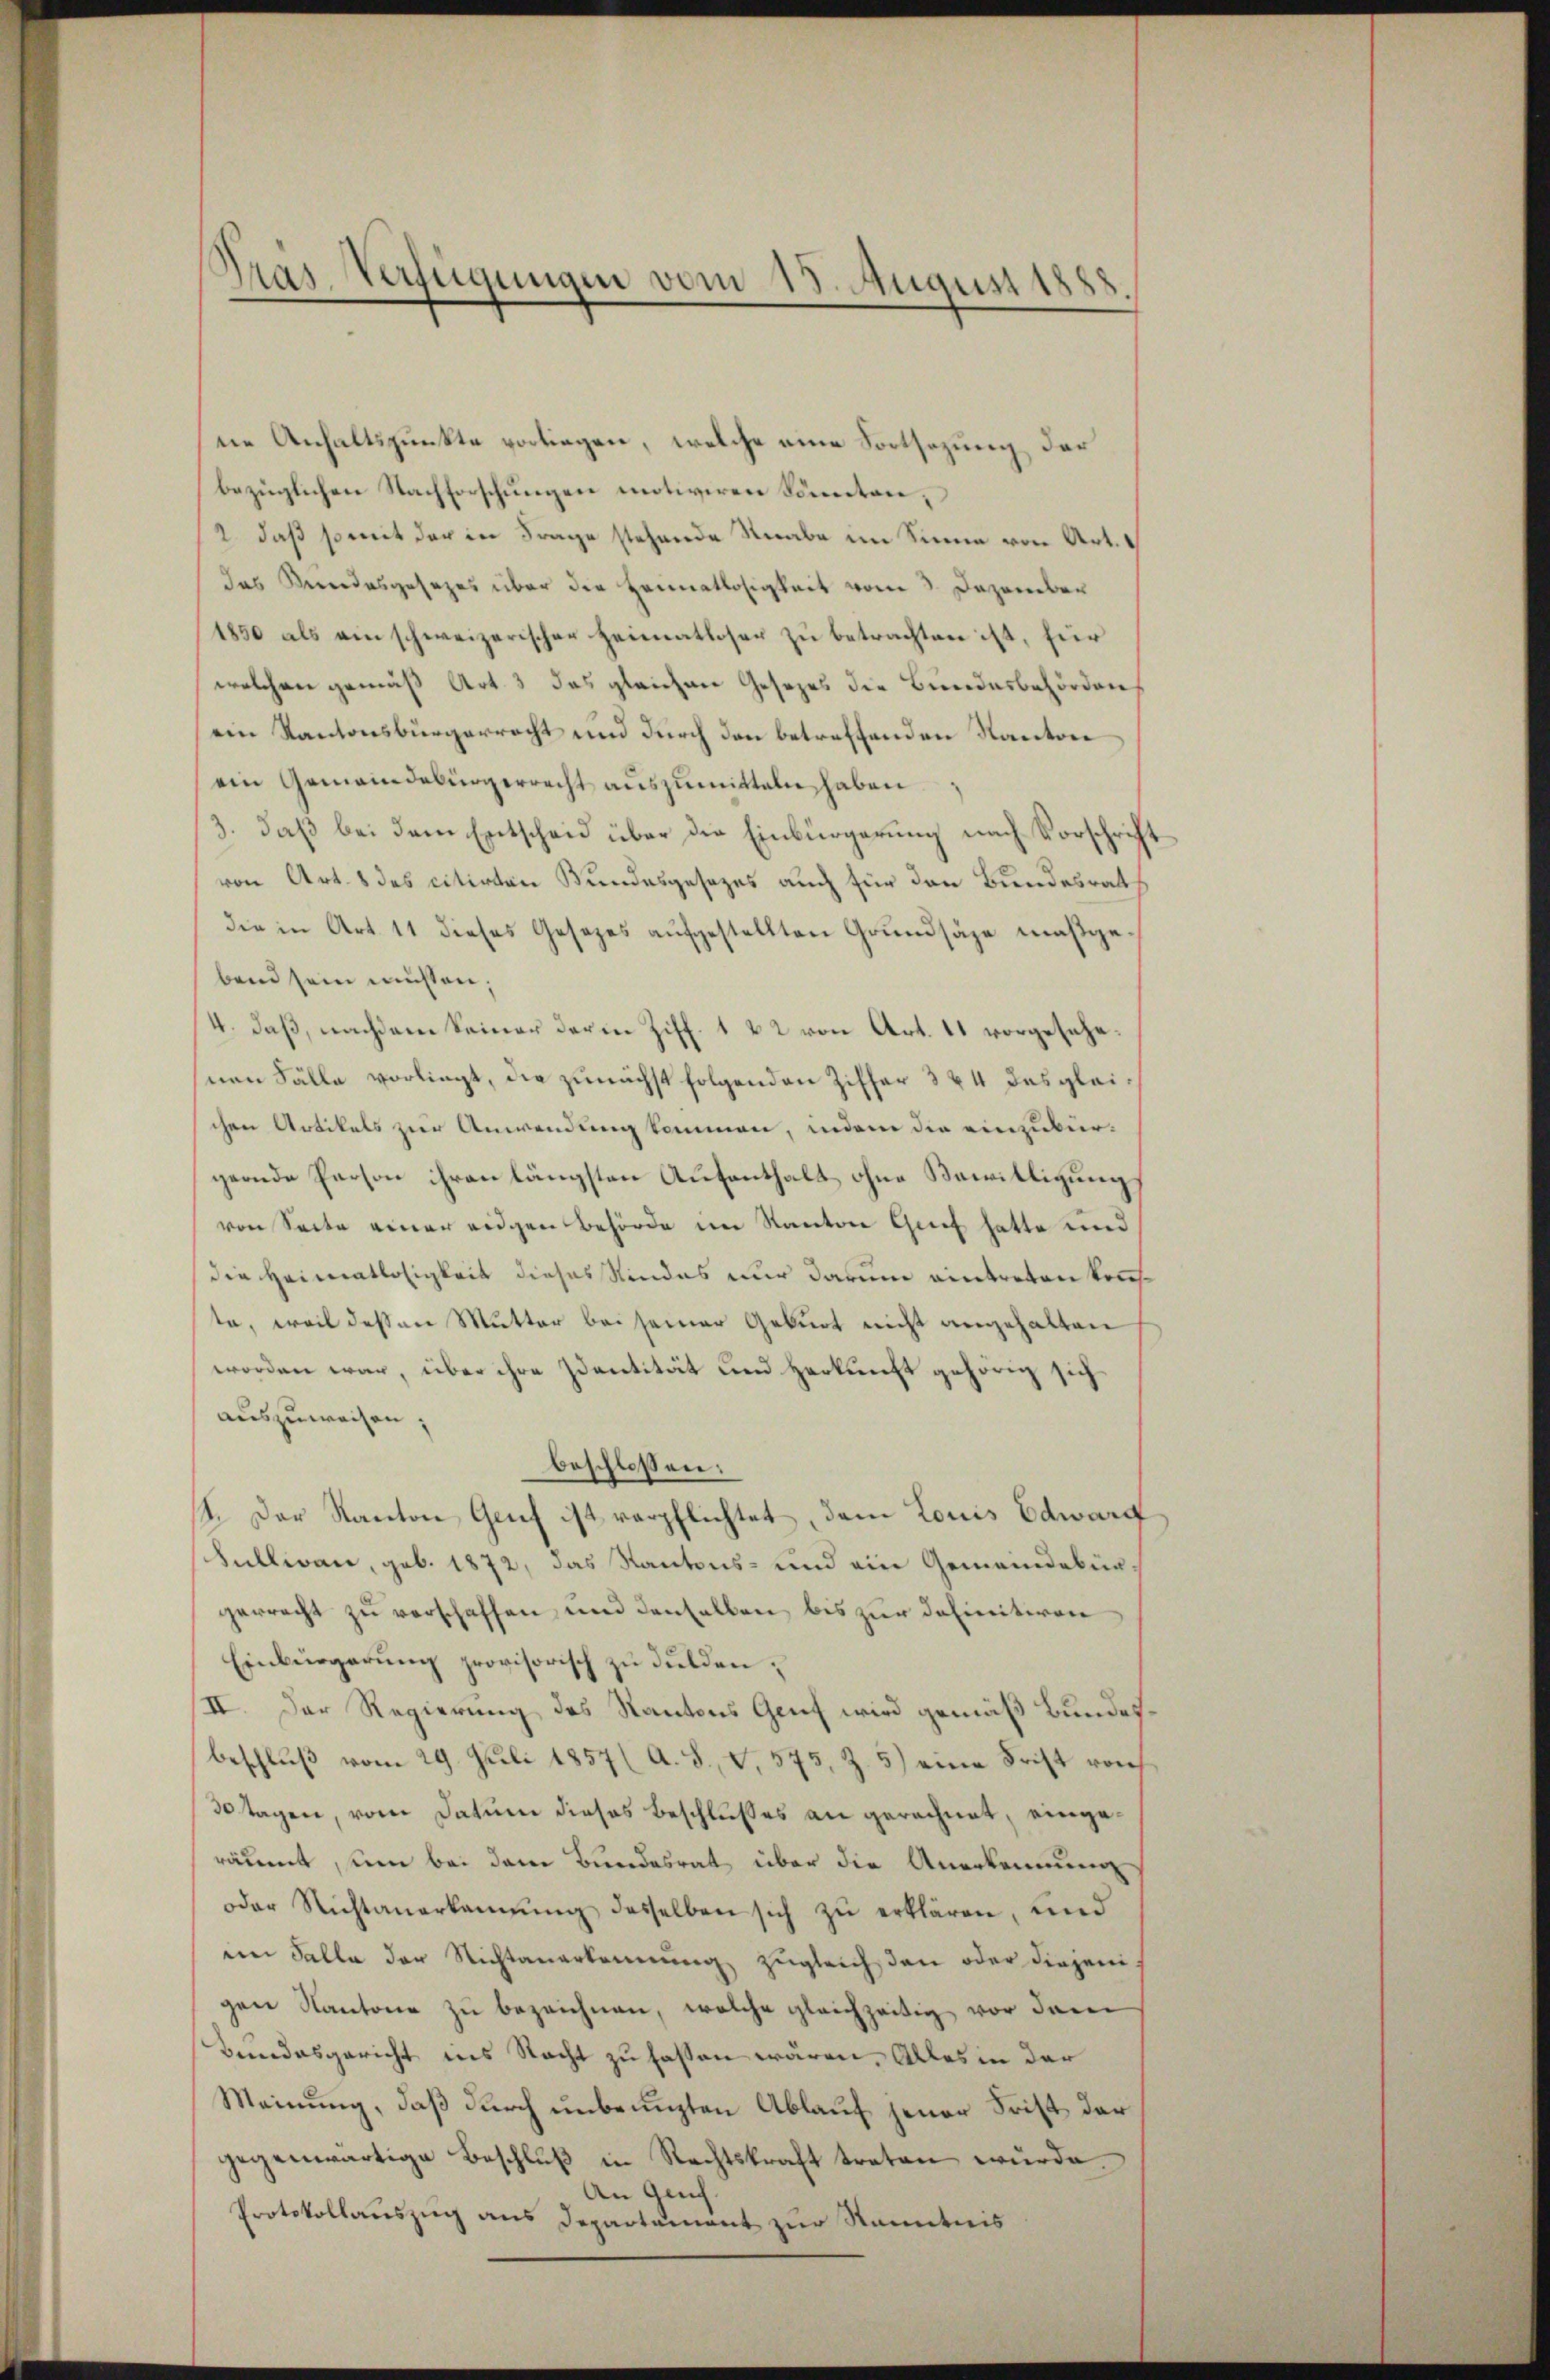
Pras-Verfügungen vom 15. August 1888

ne Anhaltspunkte vorliegen, welche eine Fortsezung der
bezüglichen Nachforschungen motiviren könnten,
2 daß somit der in Frage stehende Knabe im Sinne von Art.
das Kundesgesezes über die Heimatlosigkeit vom 3. Dezember
1850 als ein schweizerischer Heimatloser zu betrachten ist, für
welchen gemäß Art. 3 das gleichen Gesezes die Bundesbehörden,
ein Kantonsbürgerrecht und durch den betreffenden Kanton
ein Gemeindebürgerrecht auszumitteln haben
3. daß bei dem Entscheid über die Einbürgerung nach Vorschrif
von Art. 8 des citirten Bundesgesezes auch für den Bundesrat
die in Art. 11 dieses Gesetzes aufgestellten Grundsäge maßgebend sein müssen;
4. daß, nachdem Seiner deren Ziff. 1 & 2 von Art. 11 vorgesehe
nen Fälle vorliegt, die zunächst folgenden Ziffer 384 desgleichen Artikels zur Anwendung kommen, indem die einzubürgernde Person ihren längsten Aufenthalt ohne Bewilligung
von Seite einer eidgen Behörde im Kanton Grief hatte und
die Heimatlosigkeit dieses Kindes nur darum eintreten konste, weil dessen Mutter bei seiner Geburt nicht angehalten
worden war, über ihre Santität und Herkunft gehörig sich
auszuweisen;
beschlossen:
1. Der Kanton Gruf ist verpflichtet, dem Louis Edward
Sullian, geb. 1872, das Kantons- und ein Gemeindebürgerrecht zu verschaffen und denselben bis zur Definitiven
Einbürgerung provisorisch zu dulden,
II. Der Regierung des Kantons Genf wird gemäß Bundesbeschluß vom 29. Juli 1857 (A. S., V. 575, Z. 5) eine Frist von
30 tagen, vom Datum dieses Beschlusses an gerechnet, eingeräumt, um bei dem Bundesrat über die Anerkennung
oder Nichtanerkannŭng desselben sich zŭ erklären, und
im Falle der Nichtanerkennung zugleich den oder diejeni
gen Kantone zu bezeichnen, welche gleichzeitig vor dem
Bundesgericht ins Nacht zu fassen wären. Alles in der
Meinung, daß durch unbenuzten Ablauf jener Frist der
gegenwärtige Beschluß in Rechtskraft treten würde.
An Gerich.
Protokollauszug aus Departement zur Kenntnis